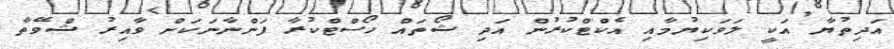
އަދިތުޔާ އަކީ ލަވަކިޔުމާއި އެކްޓްކުރުން އަދި ޝޯތައް ހޯސްޓްކުރާ ފަންނާނަކަށް ވާއިރު ޝްވޭތާ